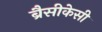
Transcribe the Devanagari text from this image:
ब्रैसीकेसी